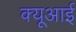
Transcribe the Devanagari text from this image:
क्यूआई